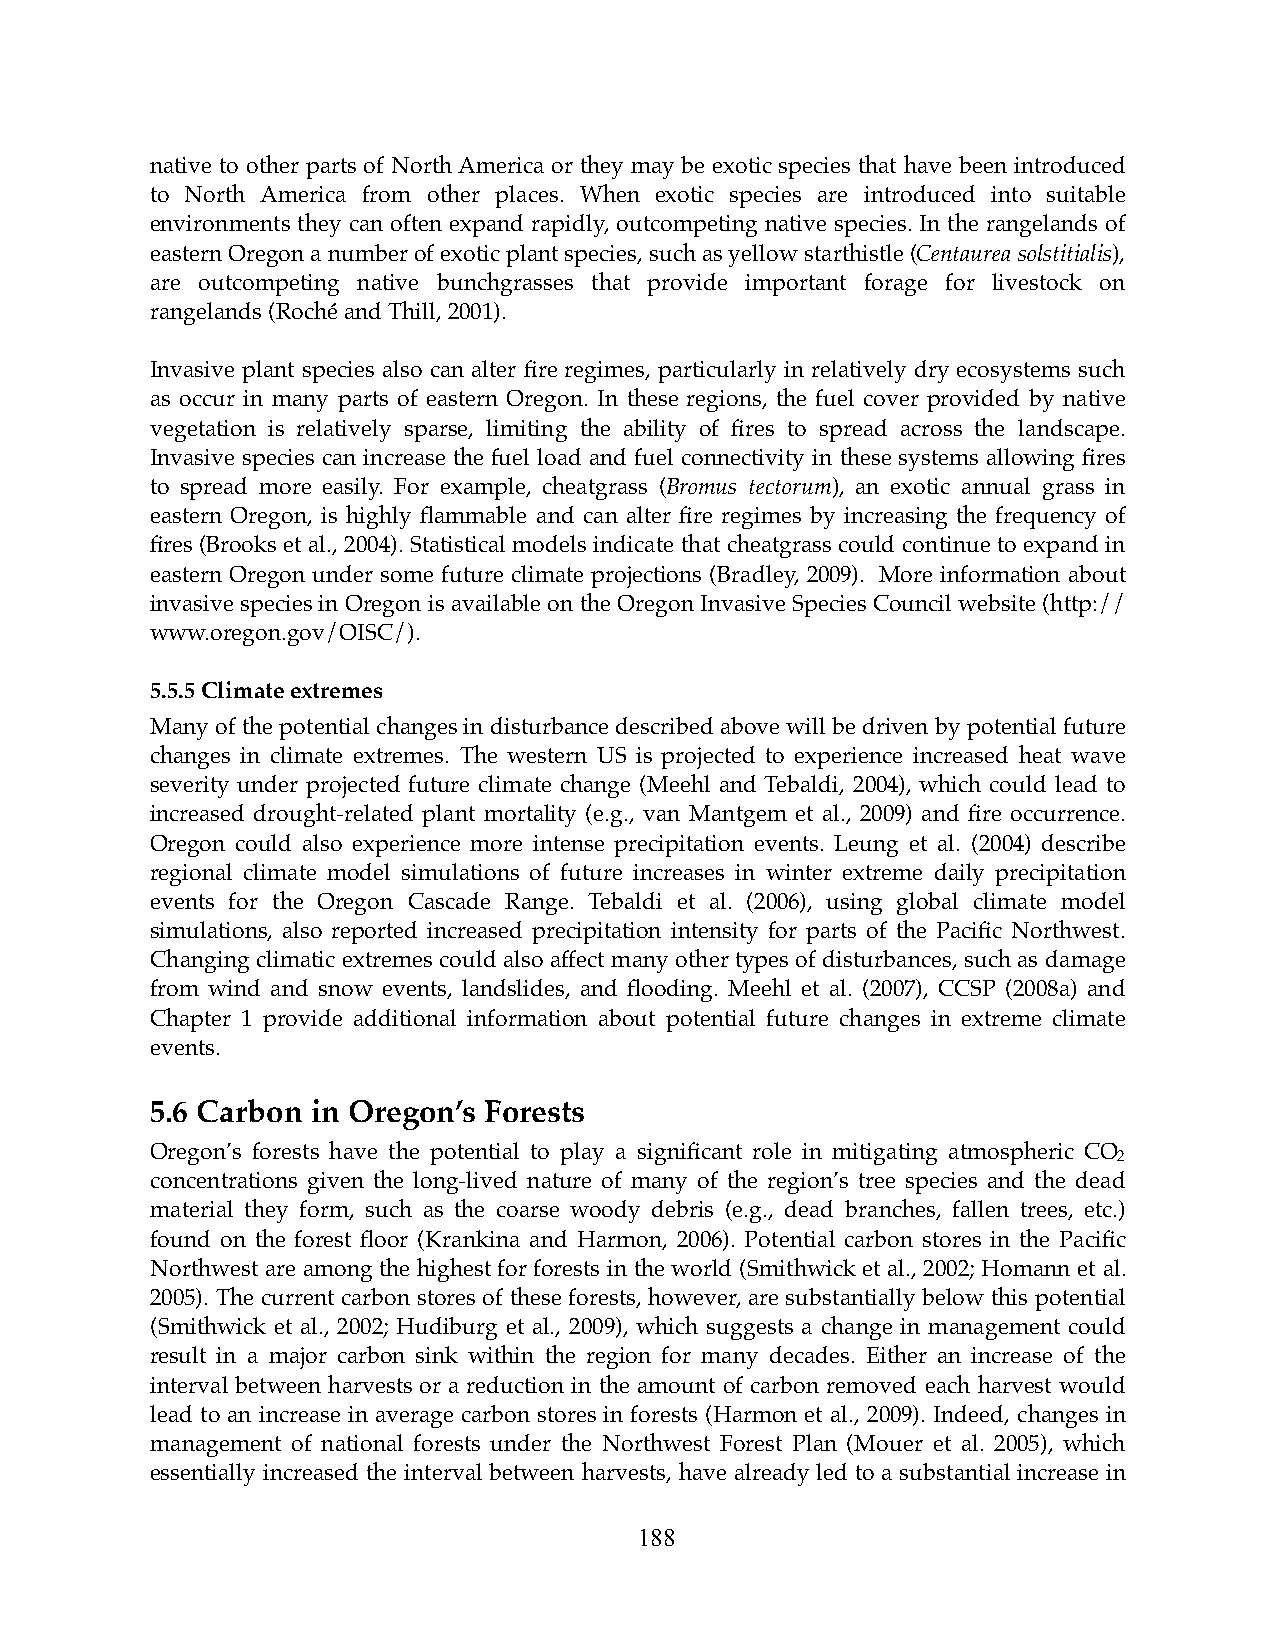
native to other parts of North America or they may be exotic species that have been introduced
 to North America from other places. When exotic species are introduced into suitable
 environments they can often expand rapidly, outcompeting native species. In the rangelands of
 eastern Oregon a number of exotic plant species, such as yellow starthistle (Centaurea solstitialis),
 are outcompeting native bunchgrasses that provide important forage for livestock on
 rangelands (Roché and Thill, 2001).
 Invasive plant species also can alter fire regimes, particularly in relatively dry ecosystems such
 as occur in many parts of eastern Oregon. In these regions, the fuel cover provided by native
 vegetation is relatively sparse, limiting the ability of fires to spread across the landscape.
 Invasive species can increase the fuel load and fuel connectivity in these systems allowing fires
 to spread more easily. For example, cheatgrass (Bromus tectorum), an exotic annual grass in
 eastern Oregon, is highly flammable and can alter fire regimes by increasing the frequency of
 fires (Brooks et al., 2004). Statistical models indicate that cheatgrass could continue to expand in
 eastern Oregon under some future climate projections (Bradley, 2009). More information about
 invasive species in Oregon is available on the Oregon Invasive Species Council website (http://
 www.oregon.gov/OISC/).
 5.5.5 Climate extremes
 Many of the potential changes in disturbance described above will be driven by potential future
 changes in climate extremes. The western US is projected to experience increased heat wave
 severity under projected future climate change (Meehl and Tebaldi, 2004), which could lead to
 increased drought-related plant mortality (e.g., van Mantgem et al., 2009) and fire occurrence.
 Oregon could also experience more intense precipitation events. Leung et al. (2004) describe
 regional climate model simulations of future increases in winter extreme daily precipitation
 events for the Oregon Cascade Range. Tebaldi et al. (2006), using global climate model
 simulations, also reported increased precipitation intensity for parts of the Pacific Northwest.
 Changing climatic extremes could also affect many other types of disturbances, such as damage
 from wind and snow events, landslides, and flooding. Meehl et al. (2007), CCSP (2008a) and
 Chapter 1 provide additional information about potential future changes in extreme climate
 events.
 5.6 Carbon in Oregon’s Forests
 Oregon’s forests have the potential to play a significant role in mitigating atmospheric CO
 2
 concentrations given the long-lived nature of many of the region’s tree species and the dead
 material they form, such as the coarse woody debris (e.g., dead branches, fallen trees, etc.)
 found on the forest floor (Krankina and Harmon, 2006). Potential carbon stores in the Pacific
 Northwest are among the highest for forests in the world (Smithwick et al., 2002; Homann et al.
 2005). The current carbon stores of these forests, however, are substantially below this potential
 (Smithwick et al., 2002; Hudiburg et al., 2009), which suggests a change in management could
 result in a major carbon sink within the region for many decades. Either an increase of the
 interval between harvests or a reduction in the amount of carbon removed each harvest would
 lead to an increase in average carbon stores in forests (Harmon et al., 2009). Indeed, changes in
 management of national forests under the Northwest Forest Plan (Mouer et al. 2005), which
 essentially increased the interval between harvests, have already led to a substantial increase in
 188